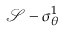
\mathcal { S } - \sigma _ { \theta } ^ { 1 }